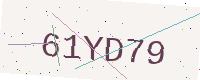
Text: 61YD79